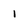
Character: i